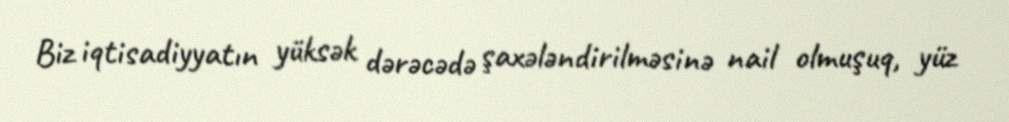
Biz iqtisadiyyatın yüksək dərəcədə şaxələndirilməsinə nail olmuşuq, yüz